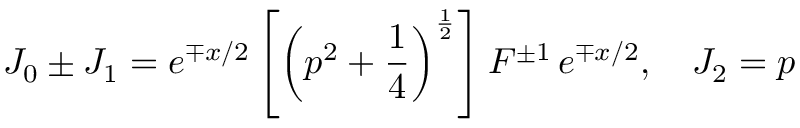
J _ { 0 } \pm J _ { 1 } = e ^ { \mp x / 2 } \left[ \left( p ^ { 2 } + \frac 1 4 \right) ^ { \frac 1 2 } \right] F ^ { \pm 1 } \, e ^ { \mp x / 2 } , \quad J _ { 2 } = p